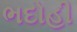
ભદોહી